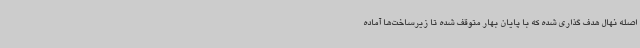
اصله نهال هدف گذاری شده که با پایان بهار متوقف شده تا زیرساخت‌ها آماده